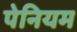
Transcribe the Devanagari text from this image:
पेनियम